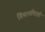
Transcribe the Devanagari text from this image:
गियामपिएत्रो